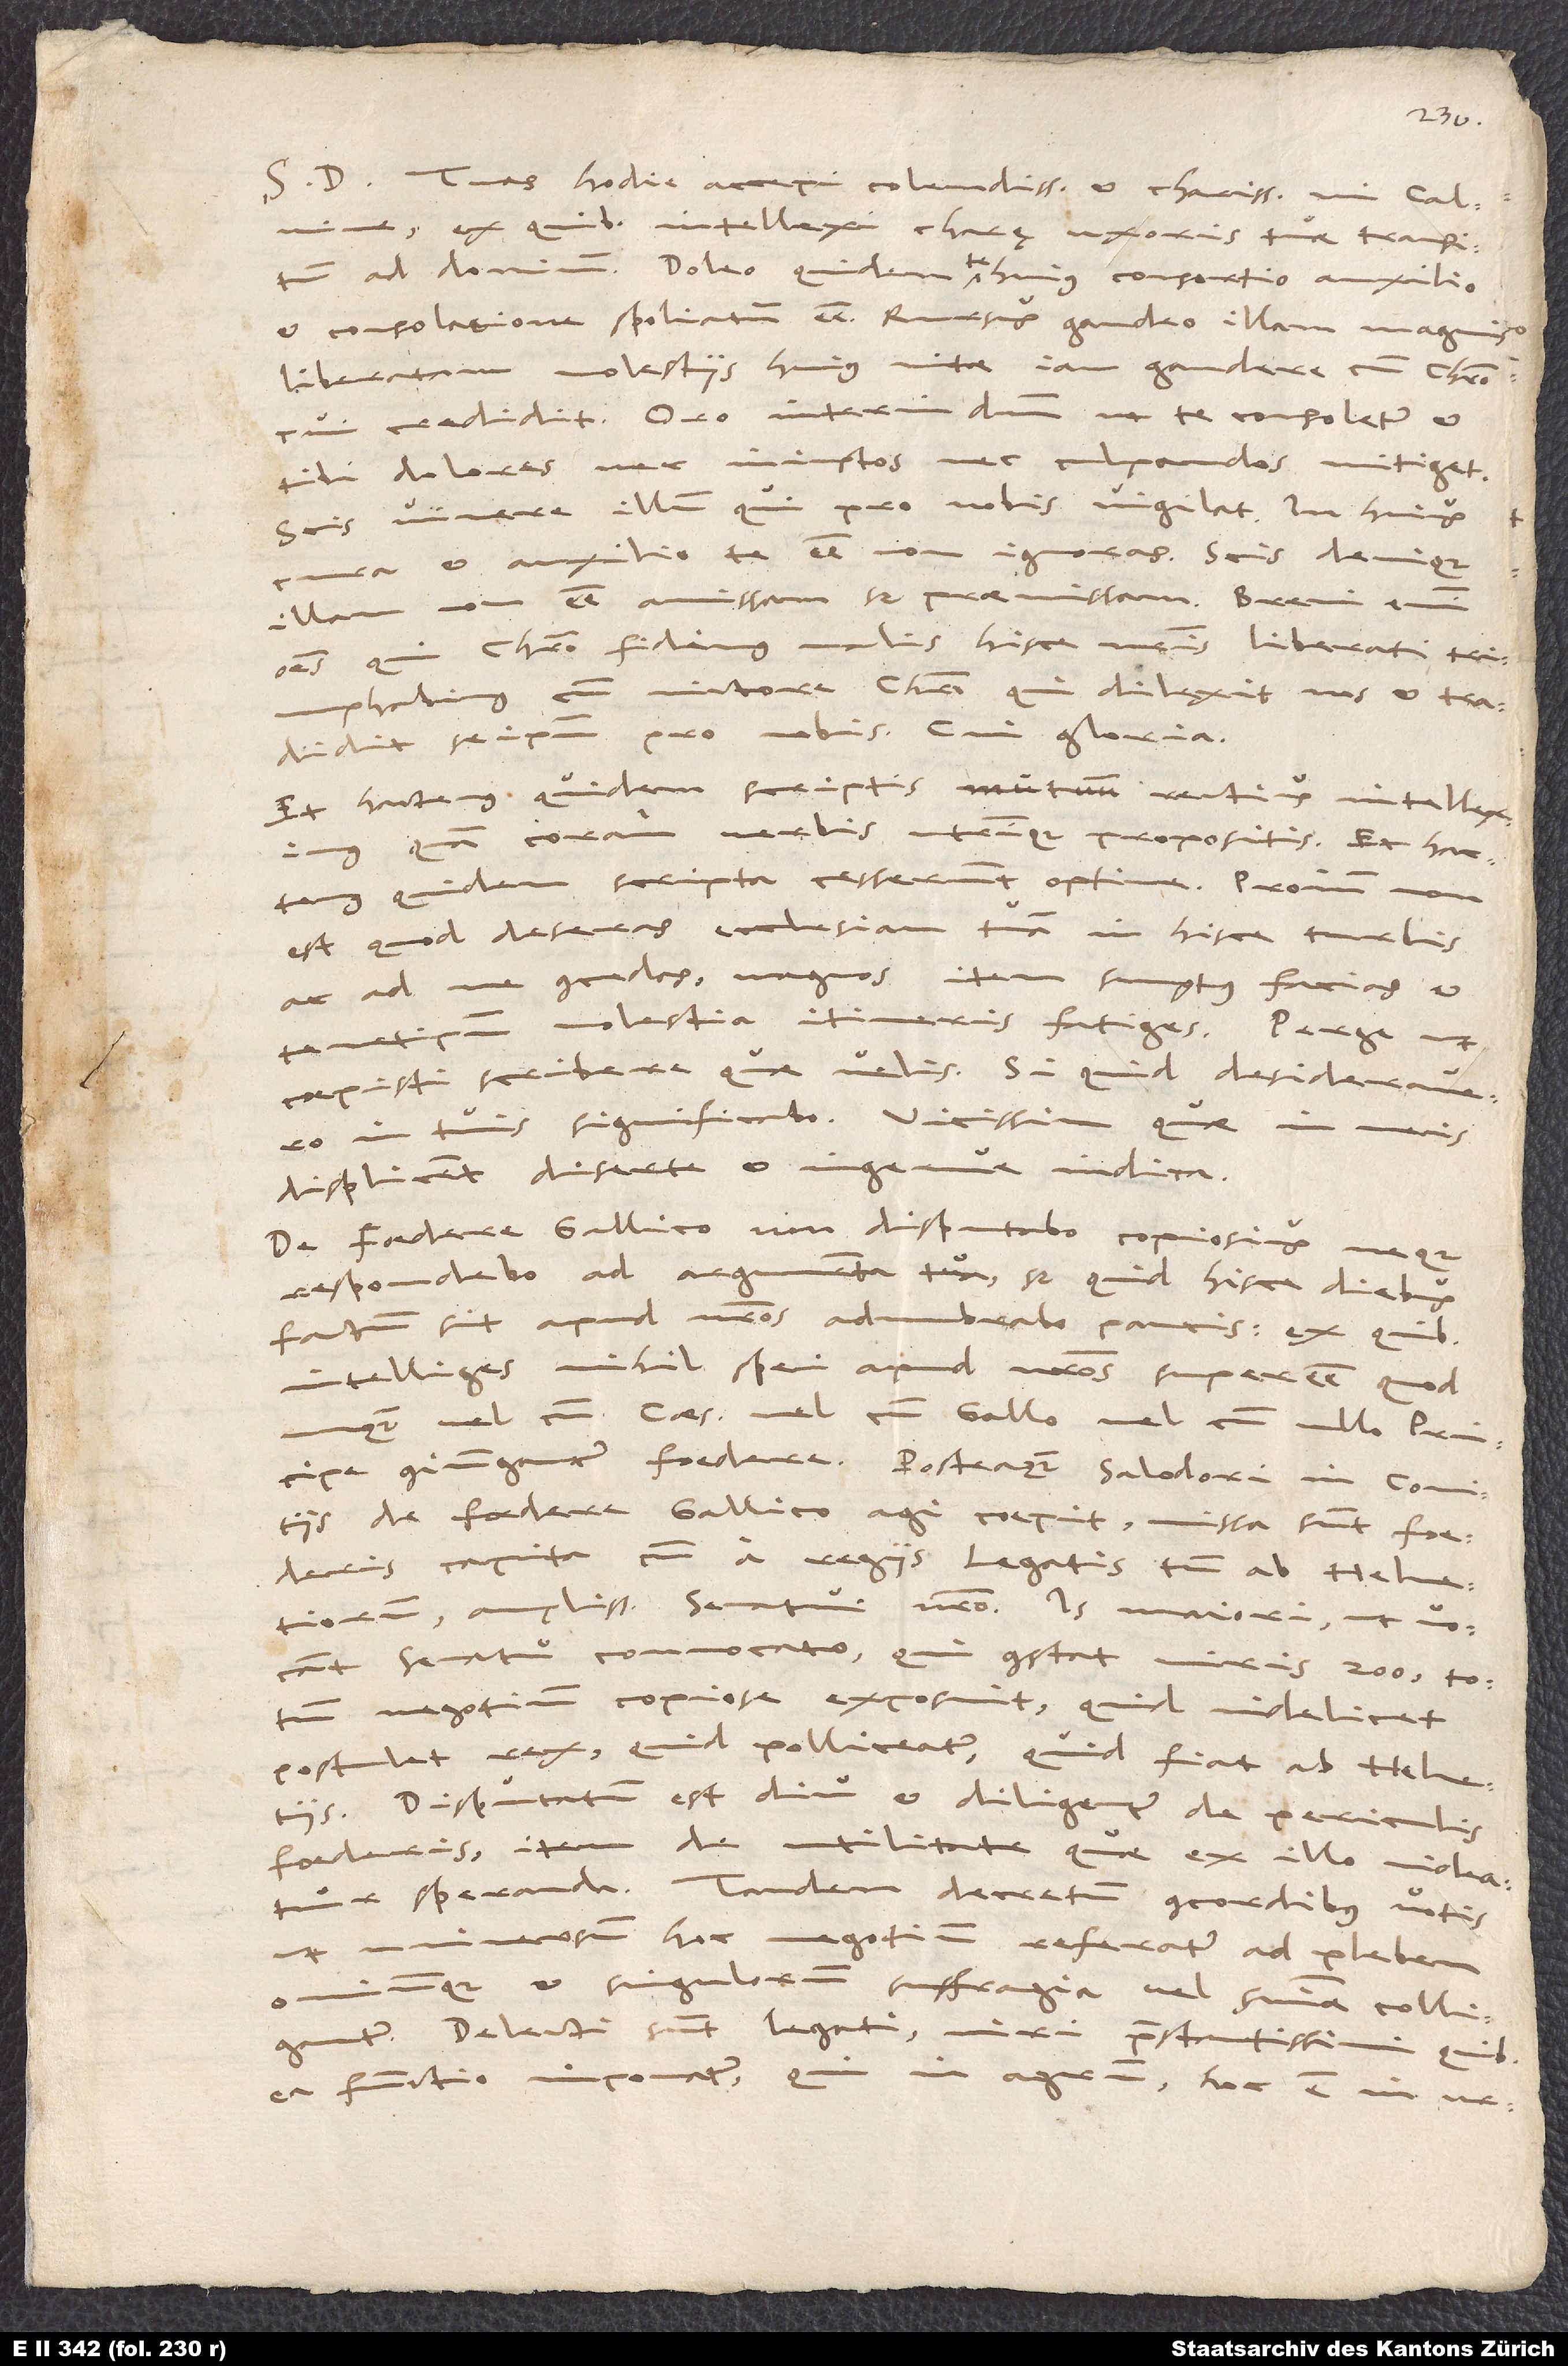
S. D. Tuas hodie accepi, colendissime et charissime mi Calvine,
ex quibus intellexi charę uxoris tuae transitum
ad Dominum. Doleo quidem te huius consortio auxilio
et consolatione spoliatum esse. Rursus gaudeo illam magnis
liberatam molestiis huius vitae iam gaudere cum Christo
cui credidit. Oro interim Dominum ut te consoletur et
tibi dolores nec iniustos nec culpandos mitiget.
Scis vivere illum qui pro nobis vigilat. In huius
et auxilio te esse non ignoras. Scis denique
illam non esse amissam sed praemissam. Brevi enim
omnes qui Christo fidimus malis hisce nostris liberati triumphabimus
tradidit se ipsum pro nobis. Cui gloria.
Et hactenus quidem scriptis mutuum rectius intelleximus
quam coram verbis utrinque propositis. Et hactenus
quidem scripta cesserunt optime. Proinde
est quod deseras ecclesiam tuam in hisce turbis,
ac ad me concedas, magnos item sumptus facias et
temet ipsum molestia itineris fatiges. Perge, ut
coepisti, scribere quae velis. Si quid desideravero
in tuis significabo. Vicissim quae in meis
displicent diserte et ingenue indica.
De foedere gallico non disputabo copiosius, neque
respondebo ad argumenta tua, sed quid hisce diebus
factum sit apud nostros adumbrabo paucis: ex quibus
intelliges nihil spei apud nostros superesse, quod
unquam vel cum Caesare, vel cum Gallo, vel cum ullo principe
coniungantur foedere. Posteaquam Salodori in comitiis
de foedere gallico agi coepit, missa sunt
foederis capita, cum a regiis legatis tum ab Helvetiorum,
amplissimo senatui nostro. Is maiori, ut vocant,
senatu convocato, qui constat viris 200, totum
negotium copiose exposuit, quid videlicet
postulet rex, quid polliceatur, quid fiat ab Helvetiis.
Disputatum est diu et diligenter de periculis
foederis, item de utilitate quae ex illo videatur
speranda. Tandem decretum concordibus votis
ut universum hoc negotium referatur ad plebem,
Delecti sunt legati, viri praestantissimi, quibus
ea functio imponatur, qui in agrum, hoc est, in urbes,